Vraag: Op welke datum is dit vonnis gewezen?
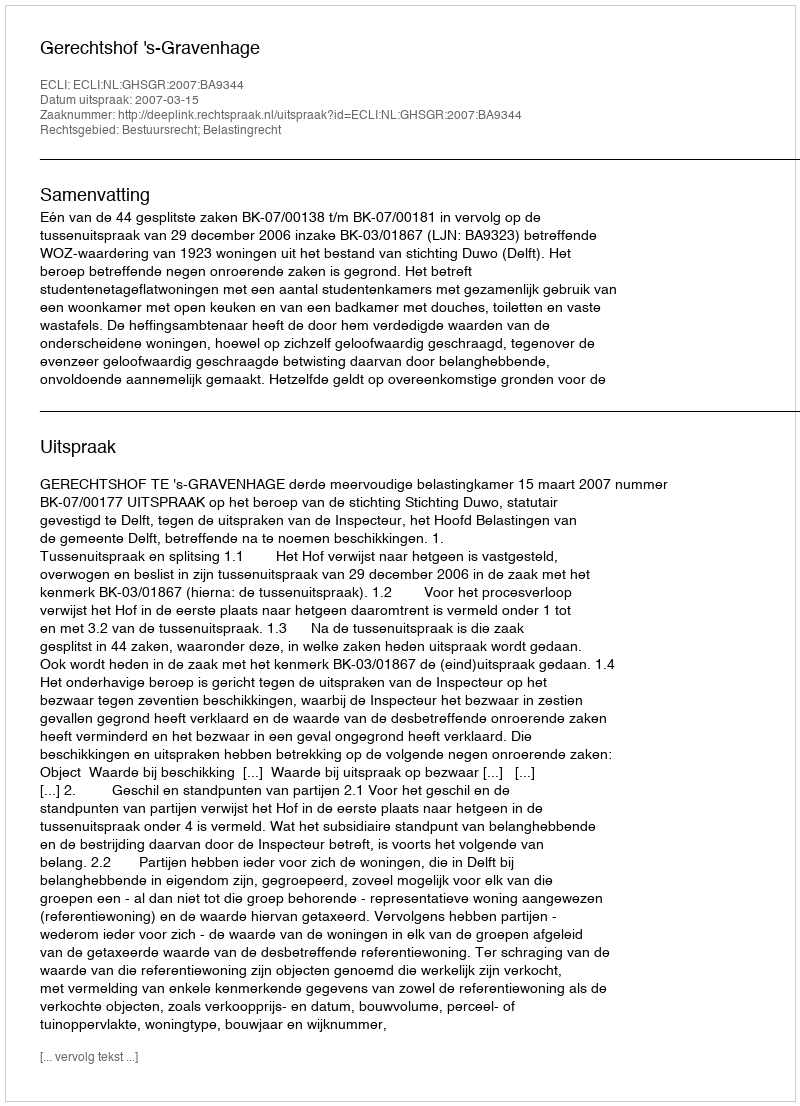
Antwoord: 2007-03-15